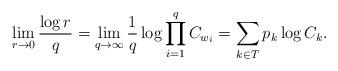
LaTeX: \begin{align*}\lim\limits_{r\to 0}\frac{\log r}{q}= \lim\limits_{q\to \infty} \frac{1}{q}\log \prod\limits_{i=1}^{q}C_{w_i}=\sum\limits_{k\in T} p_k \log C_k.\end{align*}